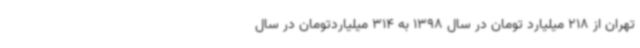
تهران از 218 میلیارد تومان در سال 1398 به 314 میلیاردتومان در سال